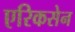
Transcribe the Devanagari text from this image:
एरिकसेन